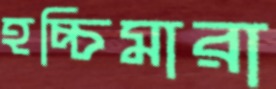
হচ্চিমারা